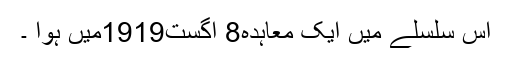
اس سلسلے میں ایک معاہدہ8 اگست1919میں ہوا ۔